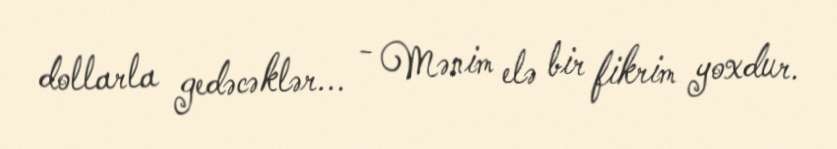
dollarla gedəcəklər... - Mənim elə bir fikrim yoxdur.